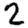
Digit: 2